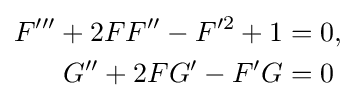
{\begin{aligned}F'''+2FF''-F'^{2}+1&=0,\\G''+2FG'-F'G&=0\end{aligned}}